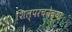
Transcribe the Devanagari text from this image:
शिल्परचनेच्या